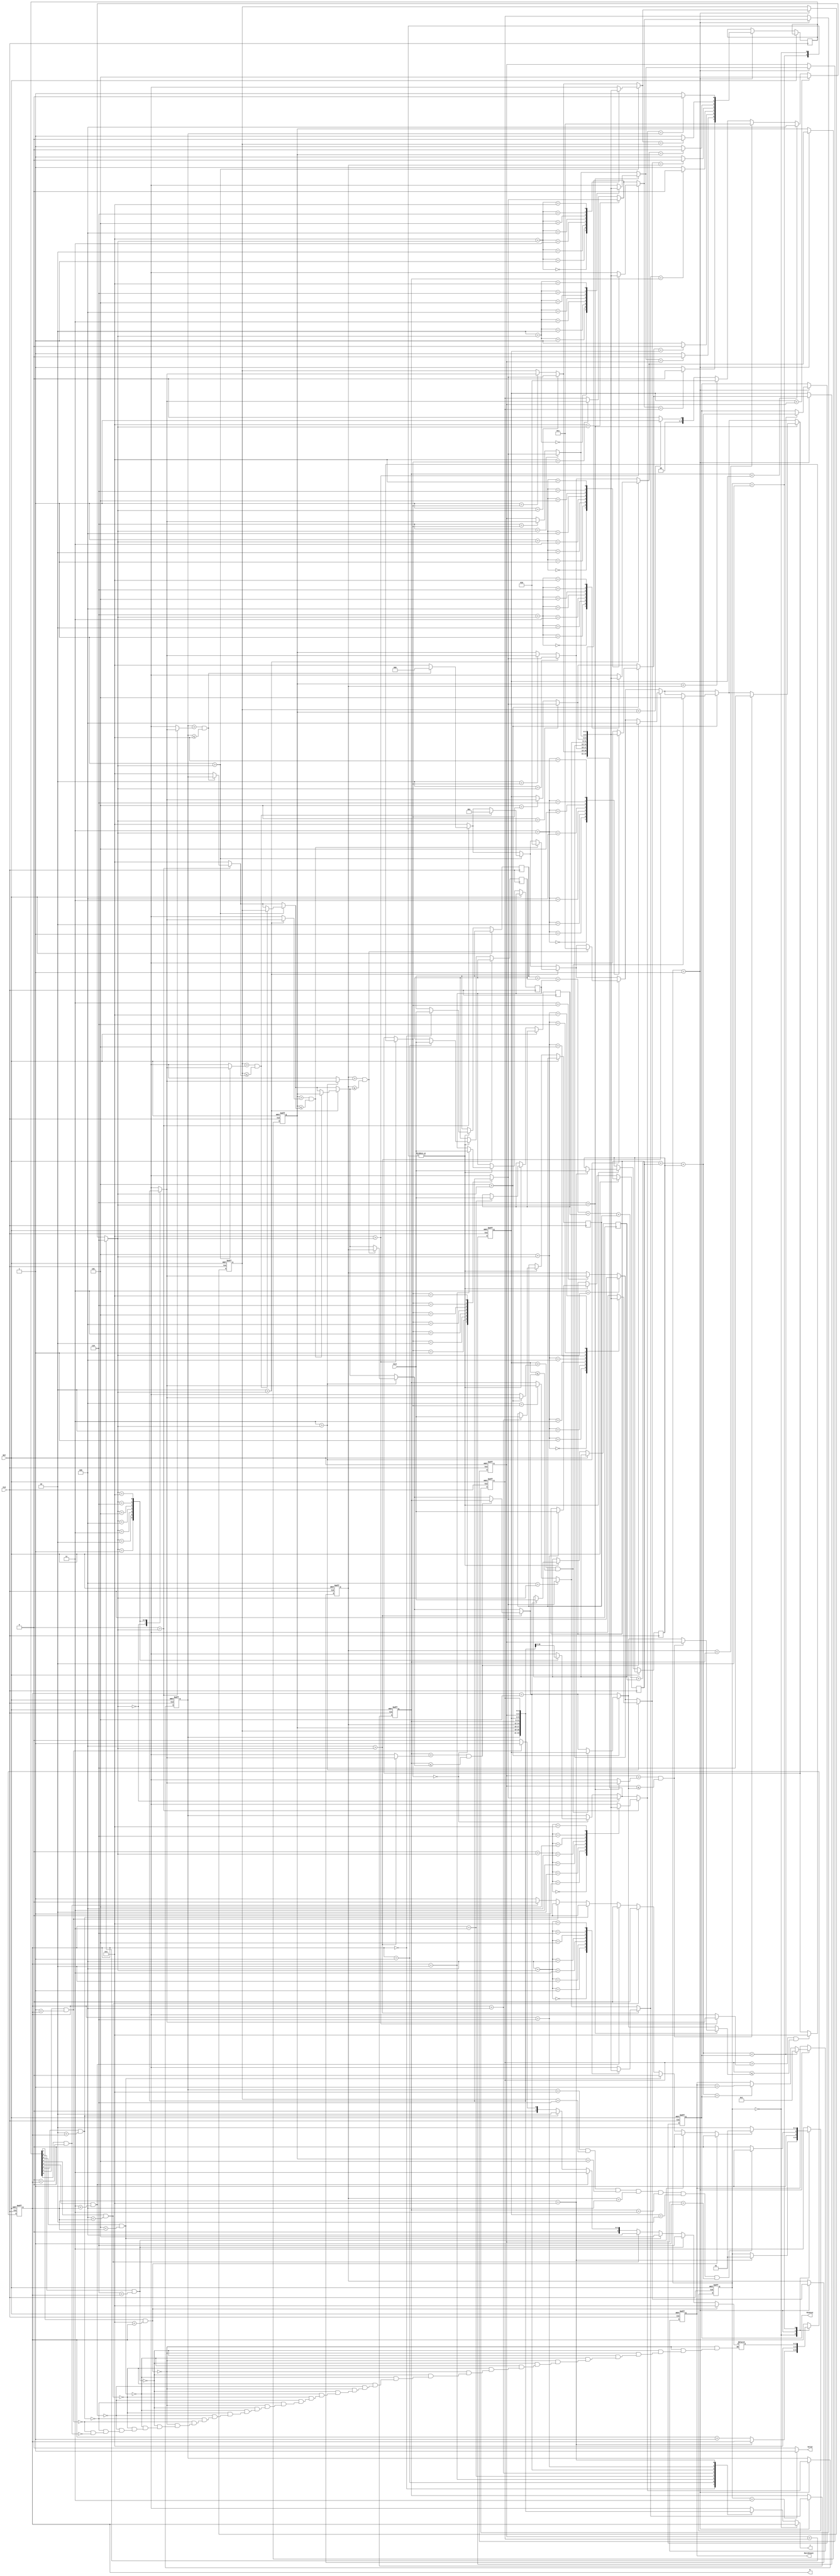

module JAM(
	input wire CLK,
	input wire RST,
	input wire [6:0] Cost,
	output reg [2:0] W,
	output reg [2:0] J,
	output reg [3:0] MatchCount,
	output reg [9:0] MinCost,
	output reg  Valid 
);
	
	
	localparam size = 8;



	reg [2:0] P 		[size-1:0];
	reg [7:0] READ_DATA;

	reg [2:0] REG_P	[size-1:0];
	reg [2:0] NEXT_P 	[size-1:0];
	reg [7:0] NEXT_READ_DATA;
	reg [2:0] swap_position1,swap_position2;
	reg [2:0] value;

	reg [2:0] NEXT_W;//,NEXT_J;
	reg Data_Finish;

	

	// - - - - - - - - - Finit State Machine - - - - - - - - - - - -
	
	//	
	//
	//

	parameter 	Loading_Data 		= 0,
							Calculate_Cost	= 1,
							Refresh_Data		= 2,
							Data_Out				= 3;
							

	reg [9:0] Data_Cost;
	reg [6:0] Data [size-1:0];
	reg [1:0] state;


	
	integer j;
	always@(posedge CLK or posedge RST) begin : proc_state
		if(RST) begin
			state <= Loading_Data;
			for(j=0;j<size;j=j+1) P[j] <= $unsigned(j);
			//J <= 0;
			W <= 0;
			MatchCount <= 1;
			MinCost <= 1023;
		end else begin
			case(state)



				Loading_Data 			:begin

					if(W==7)begin
						state <= Calculate_Cost;
					end
					else begin
						W <= W + 1;
						//J <= W + 1;
					end

					Data[W] <= Cost;

				end




				Calculate_Cost 			:begin
					
					if( Data_Cost < MinCost)begin
						MinCost <= Data_Cost;
						MatchCount <= 1;
					end
					else if(Data_Cost==MinCost)begin
						MatchCount <= MatchCount+1;
					end

					if(P[0]==7&&P[1]==6&&P[2]==5&&P[3]==4&&P[4]==3&&P[5]==2&&P[6]==1) state <= Data_Out;
					else state <= Refresh_Data;
					
					for(j=0;j<size;j=j+1) P[j] <= NEXT_P[j];
					//{P[0],P[1],P[2],P[3],P[4],P[5],P[6],P[7]} <= 
					//	{NEXT_P[0],NEXT_P[1],NEXT_P[2],NEXT_P[3],NEXT_P[4],NEXT_P[5],NEXT_P[6],NEXT_P[7]};

					READ_DATA <= NEXT_READ_DATA;
					
					W <= 7;
					//J <= NEXT_P[7];
				
				end




				Refresh_Data			:begin
					
					W <= NEXT_W;
					//J <= NEXT_J;

					Data[W] <= Cost;
										
					if(Data_Finish) state <= Calculate_Cost;
					else state <= Refresh_Data;

				end



				default state <= Data_Out;


			endcase
		end
	end
	
	always@(*) begin
		Valid <= state==Data_Out?1:0;
	end


	always@(*)begin
		case(state)
			Loading_Data: J <= W;
			default J <= P[W];
		endcase
	end



	always@(*)  begin : proc_Data_Cost
		Data_Cost = Data[0]+Data[1]+Data[2]+Data[3]+Data[4]+Data[5]+Data[6]+Data[7];
	end
	// - - - - - - - - - - - - - - - - - - - - - - - - - - - - - - -



	// - - - - - - - - - - - - - - - Next_P - - - - - - - - - - - - - - -
	// max_delay 2 cycle
	
	integer i;
	always@(*)  begin : proc_NEXT_P 
		// Step 1.
		// Find swap_position1
		swap_position1 = 0;
		for(i=0;i<(size-1);i=i+1)begin
			if(P[i] < P[i+1])
				swap_position1 = $unsigned(i);
		end


		// Step 2.
		// Find swap_position1
		swap_position2 = (size-1);
		value = (size-1);
		for(i=0;i<size;i=i+1)begin
			if(i>swap_position1)begin
				if( P[i] > P[swap_position1] && P[i] <= value)begin
					swap_position2 = $unsigned(i);
					value = P[swap_position2];
				end
			end
		end

		

	end
	always @(*) begin

		// swap 
		for(i=0;i<size;i=i+1)begin
			if(i==swap_position1) REG_P[i] <= P[swap_position2];
			else if(i==swap_position2) REG_P[i] <= P[swap_position1];
			else REG_P[i] <= P[i];
		end


		for(i=0;i<size;i=i+1)begin 
			if(i>swap_position1)
				NEXT_P[i] <= REG_P[ size-i+swap_position1 ];
			else
				NEXT_P[i] <= REG_P[i];
		end

		for(i=0;i<size;i=i+1)	NEXT_READ_DATA[i] <= NEXT_P[i]==P[i]?0:1;

	end
	// - - - - - - - - - - - - - - - - - - - - - - - - - - - - - - - - - - - -




	// - - - - - - - - - - - - - - - Next Read - - - - - - - - - - - - - - - -

	
	integer k;
	always@(*)  begin :proc_Next_Read
		Data_Finish = 1;
		//for(k=0;k<8;k=k+1)begin
		//	if(READ_DATA[k] && k<W) begin
		//		NEXT_W = k;
		//		Data_Finish = 0;
		//	end
		//end
		if(READ_DATA[7] && 7<W) begin
			NEXT_W = 7;
			Data_Finish = 0;
		end
		else if(READ_DATA[6] && 6<W) begin
			NEXT_W = 6;
			Data_Finish = 0;
		end
		else if(READ_DATA[5] && 5<W) begin
			NEXT_W = 5;
			Data_Finish = 0;
		end
		else if(READ_DATA[4] && 4<W) begin
			NEXT_W = 4;
			Data_Finish = 0;
		end
		else if(READ_DATA[3] && 3<W) begin
			NEXT_W = 3;
			Data_Finish = 0;
		end
		else if(READ_DATA[2] && 2<W) begin
			NEXT_W = 2;
			Data_Finish = 0;
		end
		else if(READ_DATA[1] && 1<W) begin
			NEXT_W = 1;
			Data_Finish = 0;
		end
		else if(READ_DATA[0] && 0<W) begin
			NEXT_W = 0;
			Data_Finish = 0;
		end
	end

	//always @(*) begin 
	//	NEXT_J = P[NEXT_W];
	//end

	// - - - - - - - - - - - - - - - - - - - - - - - - - - - - - - - - - - - -




endmodule